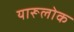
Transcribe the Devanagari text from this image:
यारूलोक